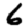
Digit: 6